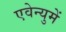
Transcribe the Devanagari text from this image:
एवेन्युमें